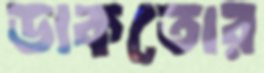
ডাকতোর